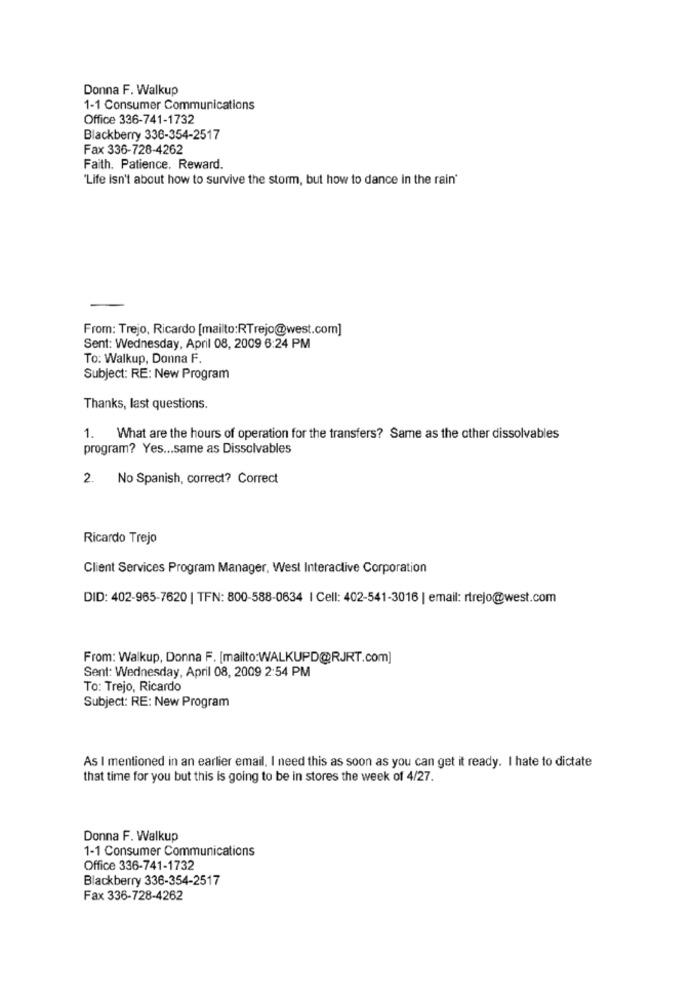
Donna F. Walkup
1-1 Consumer Communications
Office 336-741-1732
Blackberry 336-354-2517
Fax 336-728-4262
Faith. Patience. Reward.
'Life isn't about how to survive the storm, but how to dance in the rain'
From: Trejo, Ricardo [mailto:RTrejo@west.com]
Sent: Wednesday, April 08, 2009 6:24 PM
To: Walkup, Donna F.
Subject: RE: New Program
Thanks, last questions.
1. What are the hours of operation for the transfers? Same as the other dissolvables
program? Yes ... same as Dissolvables
2. No Spanish, correct? Correct
Ricardo Trejo
Client Services Program Manager, West Interactive Corporation
DID: 402-965-7620 | TFN: 800-588-0634 | Cell: 402-541-3016 | email: rtrejo@west.com
From: Walkup, Donna F. [mailto:WALKUPD@RJRT.com]
Sent: Wednesday, April 08, 2009 2:54 PM
To: Trejo, Ricardo
Subject: RE: New Program
As I mentioned in an earlier email, I need this as soon as you can get it ready. I hate to dictate
that time for you but this is going to be in stores the week of 4/27.
Donna F. Walkup
1-1 Consumer Communications
Office 336-741-1732
Blackberry 336-354-2517
Fax 336-728-4262